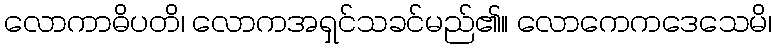
လောကာဓိပတိ၊ လောကအရှင်သခင်မည်၏။ လောကေကဒေသေမိ၊